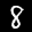
Label: 8